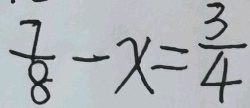
\frac { 7 } { 8 } - x = \frac { 3 } { 4 }